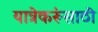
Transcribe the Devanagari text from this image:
यात्रेकरूंसाठी